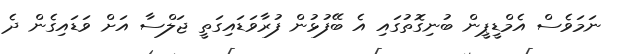
ނަމަވެސް އެމްޑީޕީން ބުނިގޮތުގައި އެ ބޭފުޅުން ފުރާވަޑައިގަތީ ޖަލްސާ އަށް ވަޑައިގެން ދެ